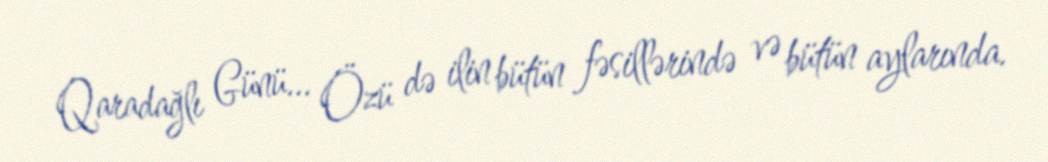
Qaradağlı Günü… Özü də ilin bütün fəsillərində və bütün aylarında.